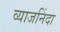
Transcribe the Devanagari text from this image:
व्याजनिंदा